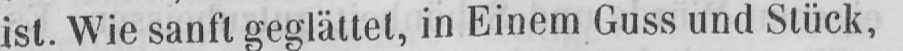
ist. Wie sanft geglättet, in Einem Guss und Stück,